Scottish Certificate of Education, 1962
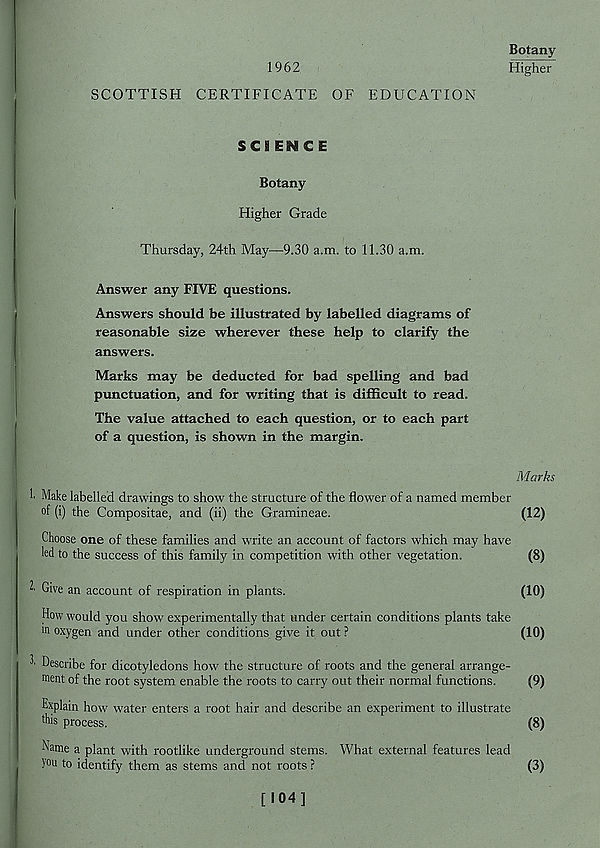
1962
Botany
Higher
SCOTTISH CERTIFICATE OF EDUCATION
SCI ENCE
Botany
Higher Grade
Thursday, 24th May—9.30 a.m. to 11.30 a.m.
Answer any FIVE questions.
Answers should be illustrated by labelled diagrams of
reasonable size wherever these help to clarify the
answers.
Marks may be deducted for bad spelling and bad
punctuation, and for writing that is difficult to read.
The value attached to each question, or to each part
of a question, is shown in the margin.
Marks
1. Make labelled drawings to show the structure of the flower of a named member
of (i) the Compositae, and (ii) the Gramineae.
(12)
Choose one of these families and write an account of factors which may have
led to the success of this family in competition with other vegetation.
(8)
^ Give an account of respiration in plants.
(10)
How would you show experimentally that under certain conditions plants take
m oxygen and under other conditions give it out ?
(10)
Describe for dicotyledons how the structure of roots and the general arrange-
ment of the root system enable the roots to carry out their normal functions.
(9)
Explain how water enters a root hair and describe an experiment to illustrate
this process.
(8)
Name a plant with rootlike underground stems. What external features lead
you to identify them as stems and not roots ?
(3)
[104]